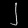
Digit: ၂